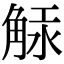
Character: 觨